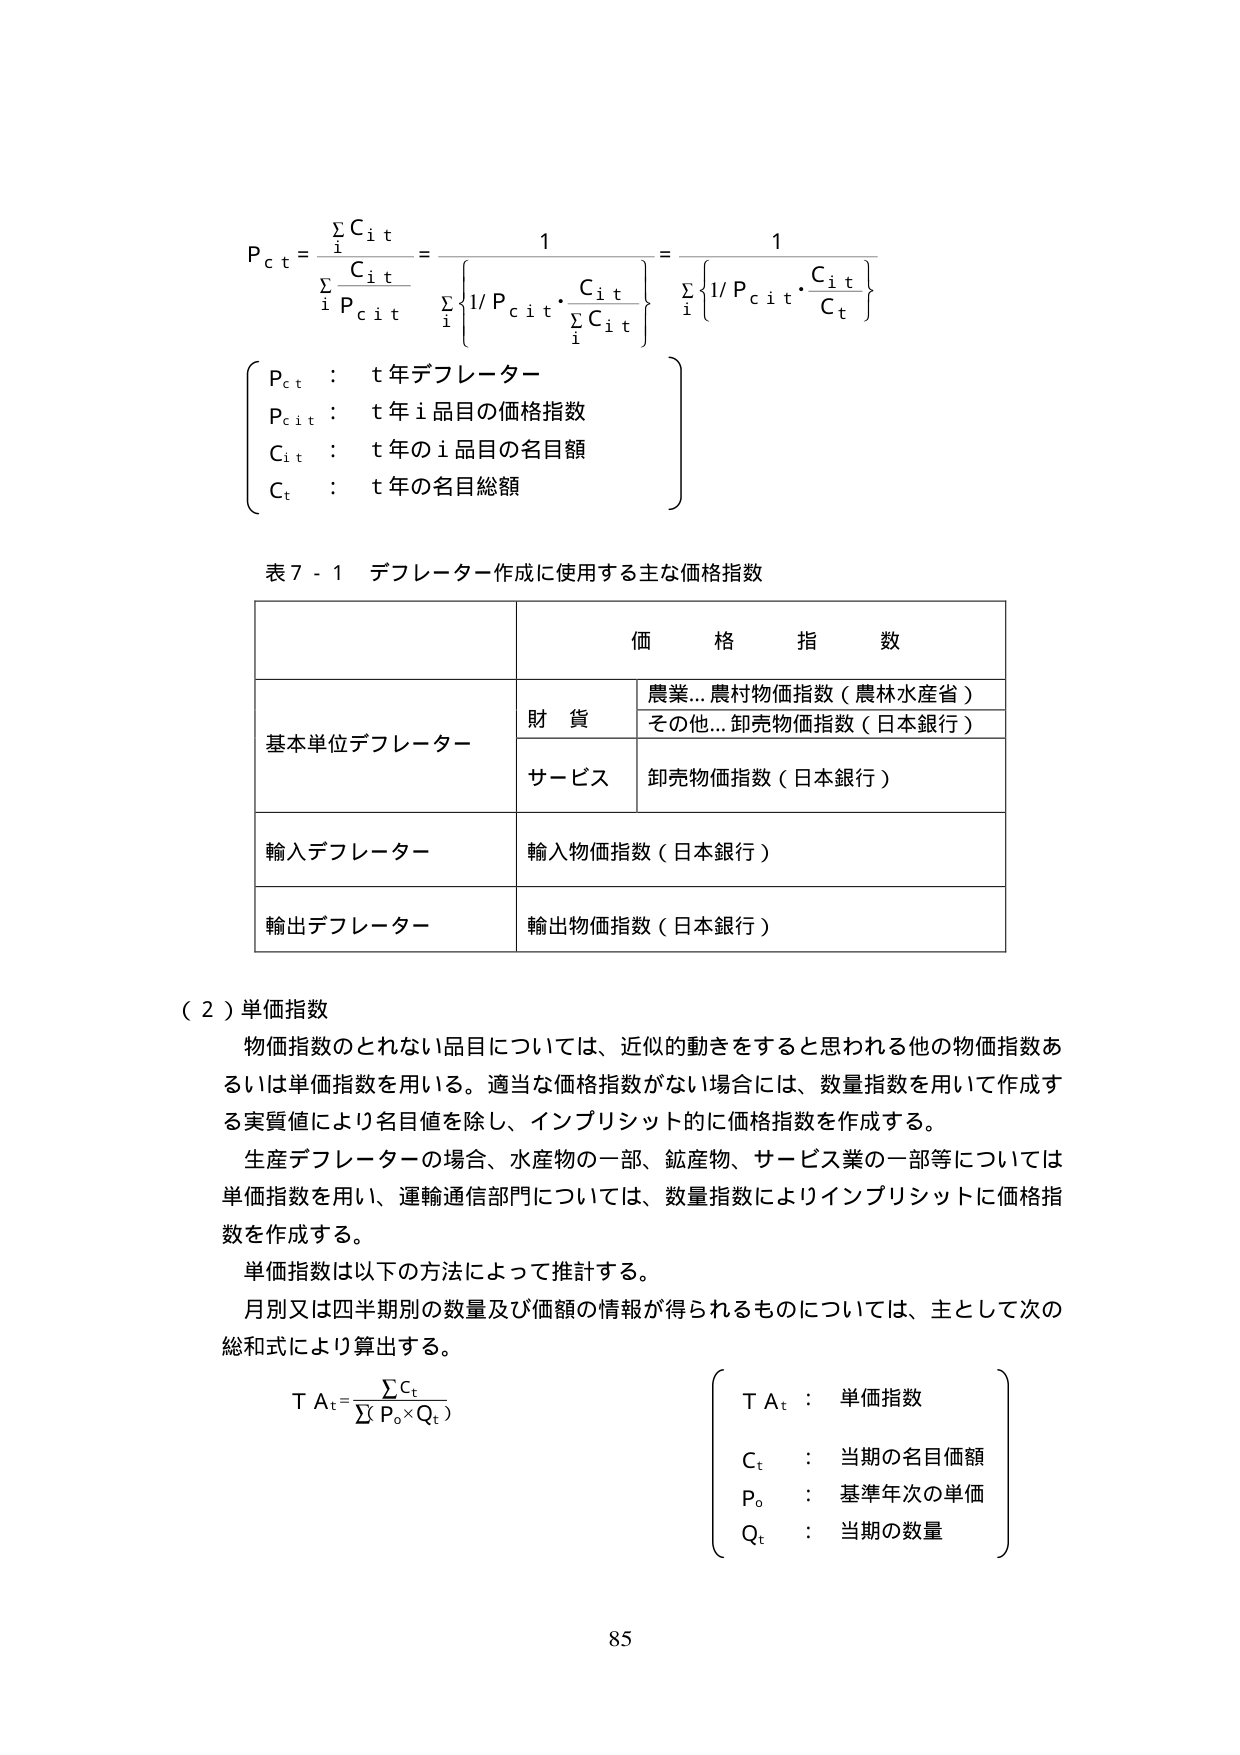
P_c t = \frac{\sum C_{i t}}{\sum \frac{C_{i t}}{P_{c i t}}} = \frac{1}{\sum \left\{ \frac{1}{P_{c i t}} \cdot \frac{C_{i t}}{\sum C_{i t}} \right\}} = \frac{1}{\sum \left\{ \frac{1}{P_{c i t}} \cdot \frac{C_{i t}}{C_t} \right\}}

\left\{
\begin{array}{l}
P_{c t} : t年デフレーター \\
P_{c i t} : t年i品目の価格指数 \\
C_{i t} : t年のi品目の名目額 \\
C_t : t年の名目総額
\end{array}
\right\}

表7-1 デフレーター作成に使用する主な価格指数

| | | 価格指数 |
|---|---|---|
| | | 農業…農村物価指数（農林水産省） |
| 基本単位デフレーター | 財貨 | その他…卸売物価指数（日本銀行） |
| | サービス | 卸売物価指数（日本銀行） |
| 輸入デフレーター | | 輸入物価指数（日本銀行） |
| 輸出デフレーター | | 輸出物価指数（日本銀行） |

（2）単価指数

物価指数のとれない品目については、近似的動きをすると思われる他の物価指数あるいは単価指数を用いる。適当な価格指数がない場合には、数量指数を用いて作成する実質値により名目値を除し、インプリシット的に価格指数を作成する。

生産デフレーターの場合、水産物の一部、鉱産物、サービス業の一部等については単価指数を用い、運輸通信部門については、数量指数によりインプリシットに価格指数を作成する。

単価指数は以下の方法によって推計する。

月別又は四半期別の数量及び価額の情報が得られるものについては、主として次の総和式により算出する。

T A_t = \frac{\sum C_t}{\sum (P_o \times Q_t)}

\left\{
\begin{array}{l}
T A_t : 単価指数 \\
C_t : 当期の名目価額 \\
P_o : 基準年次の単価 \\
Q_t : 当期の数量
\end{array}
\right\}

85